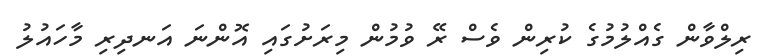
ރިލްވާން ގެއްލުުމުގެ ކުރިން ވެސް ރޭ ވުމުން މިރަށުގައި އޮންނަ އަނދިރި މާހައުލު